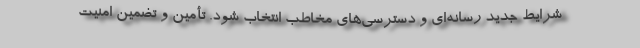
شرایط جدید رسانه‌ای و دسترسی‌های مخاطب انتخاب شود. تأمین و تضمین امنیت